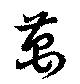
万